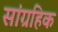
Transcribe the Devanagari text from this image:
सांग्रहिक